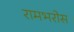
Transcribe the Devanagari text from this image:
रामभरोस